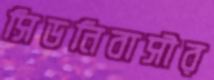
সিডনিবাসীর